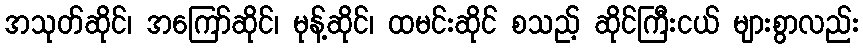
အသုတ်ဆိုင်၊ အကြော်ဆိုင်၊ မုန့်ဆိုင်၊ ထမင်းဆိုင် စသည့် ဆိုင်ကြီးငယ် များစွာလည်း